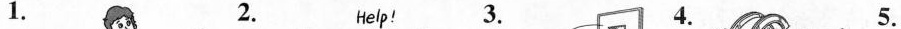
1. 2. 3. 4. 5.